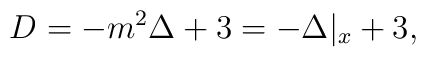
D=-m^2\Delta +3=-\Delta |_x+3,